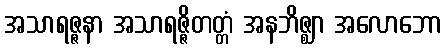
အသာရဇ္ဇနာ အသာရဇ္ဇိတတ္တံ အနဘိဇ္ဈာ အလောဘော